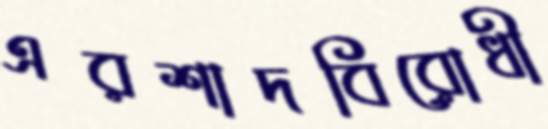
এরশাদবিরোধী